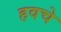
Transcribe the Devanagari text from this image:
हवचे